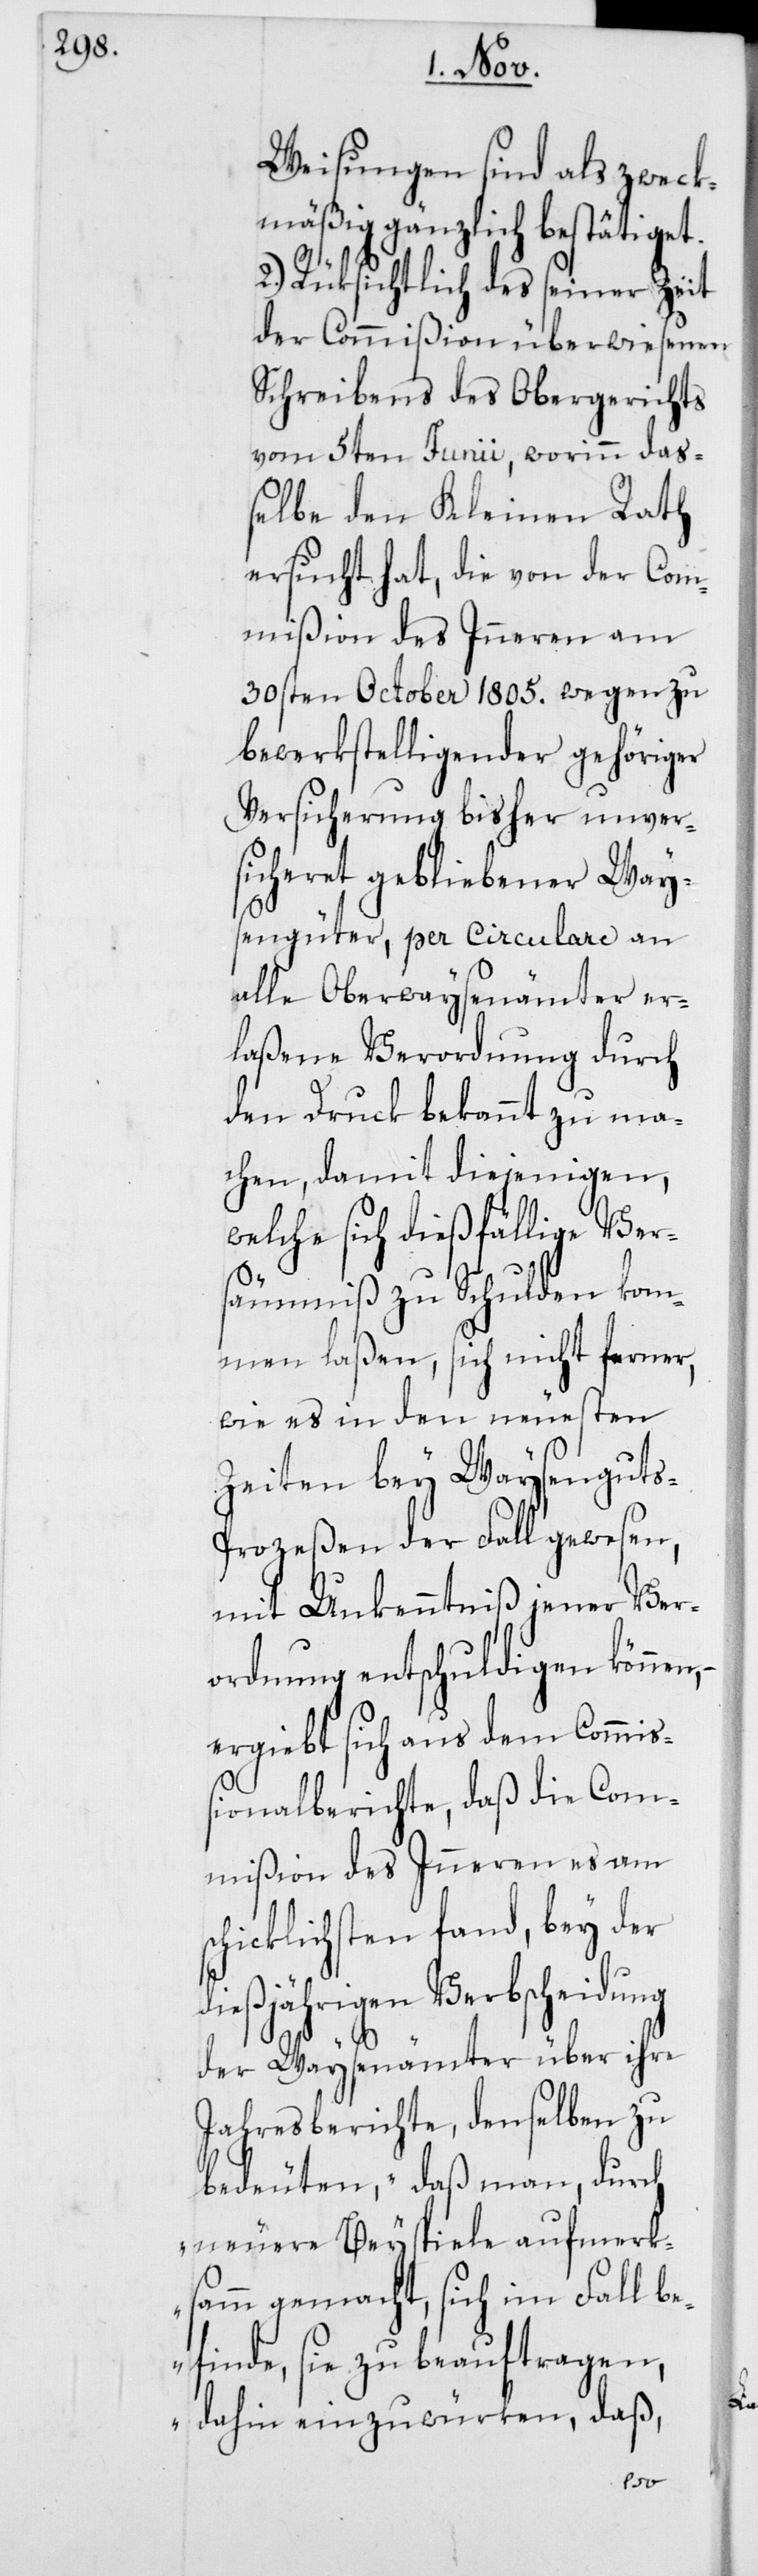
Weisungen sind als zweck¬
mäßig gänzlich bestätiget.
2. Rüksichtlich des seiner Zeit
der Commißion überwiesenen
Schreibens des Obergerichts
vom 5ten Junii, worinn das¬
selbe den Kleinen Rath
ersucht hat, die von der Com¬
mißion des Inneren am
30sten October 1805. wegen zu
bewerkstelligender gehöriger
Versicherung bisher unver¬
sicheret gebliebener Ways¬
engüter, per Circulare an
alle Oberwaysenämter er¬
laßene Verordnung durch
den Druck bekannt zu ma¬
chen, damit diejenigen,
welche sich dießfällige Ver¬
säumniß zu Schulden kom¬
men laßen, sich nicht ferner,
wie es in den neuesten
Zeiten bey Waysengut¬
s-Prozeßen der Fall gewesen,
mit Unkenntniß jener Ver¬
ordnung entschuldigen könne¬
ergiebt sich aus dem Commiß¬
ionalberichte, daß die Com¬
mißion des Inneren es am
schicklichsten fand, bey der
dießjährigen Verbscheidung
der Waysenämter über ihre
Jahresberichte, denselben zu
bedeuten, „daß man, durch
neuere Beyspiele aufmerk¬
samm gemacht, sich im Fall be¬
finde, sie zu beauftragen,
dahin einzuwürken, daß,
n,